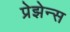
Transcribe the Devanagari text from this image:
प्रेझेन्स